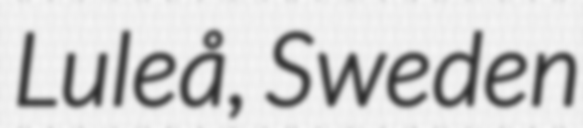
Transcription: Luleå, Sweden